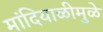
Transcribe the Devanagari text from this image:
मांदियाळीमुळे